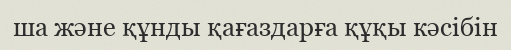
ша және құнды қағаздарға құқы кәсібін